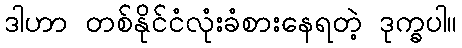
ဒါဟာ တစ်နိုင်ငံလုံးခံစားနေရတဲ့ ဒုက္ခပါ။